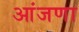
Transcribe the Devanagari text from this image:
आंजणा